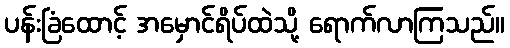
ပန်းခြံထောင့် အမှောင်ရိပ်ထဲသို့ ရောက်လာကြသည်။